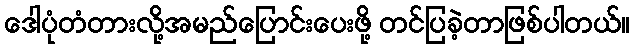
ဒေါပုံတံတားလို့အမည်ပြောင်းပေးဖို့ တင်ပြခဲ့တာဖြစ်ပါတယ်။